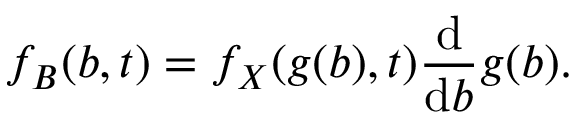
f _ { B } ( b , t ) = f _ { X } ( g ( b ) , t ) \frac { \mathrm { d } } { \mathrm { d } b } g ( b ) .